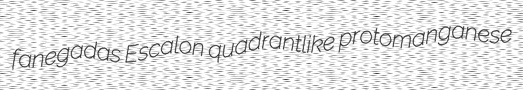
fanegadas Escalon quadrantlike protomanganese